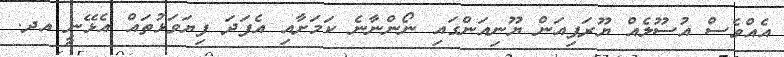
އެއްވެސް އުސޫލެއް ޔޫރަޕިއަން ޔޫނިއަންގައި ނޯންނާނެ ކަމަށާއި އެފަދަ ފިޔަވަޅުތައް އެޅޭނީ އދ.